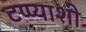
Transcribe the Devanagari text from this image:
टप्प्याशी